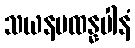
သယနမထန္နပါနံ